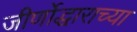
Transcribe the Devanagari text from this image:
जीर्णोद्धाराच्या